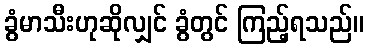
ခွံမာသီးဟုဆိုလျှင် ခွံတွင် ကြည့်ရသည်။